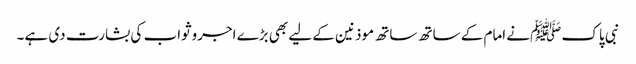
نبی پاک ﷺنے امام کے ساتھ ساتھ موذنین کے لیے بھی بڑے اجروثواب کی بشارت دی ہے۔